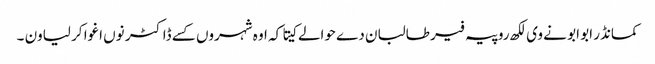
کمانڈر ابو ابو نے وی لکھ روپیہ فیر طالبان دے حوالے کیتا کہ اوہ شہروں کسے ڈاکٹر نوں اغوا کر لیاون ۔